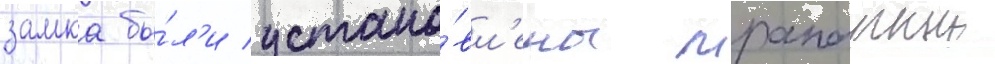
замка бы́л'и устано́вл'ены мраморныи